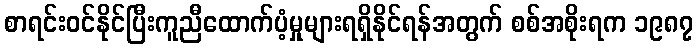
စာရင်းဝင်နိုင်ပြီးကူညီထောက်ပံ့မှုများရရှိနိုင်ရန်အတွက် စစ်အစိုးရက ၁၉၈၇